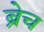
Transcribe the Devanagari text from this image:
ब्रेच